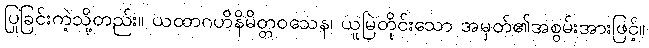
ပြုခြင်းကဲ့သို့တည်း။ ယထာဂဟိနိမိတ္တဝသေန၊ ယူမြဲတိုင်းသော အမှတ်၏အစွမ်းအားဖြင့်။